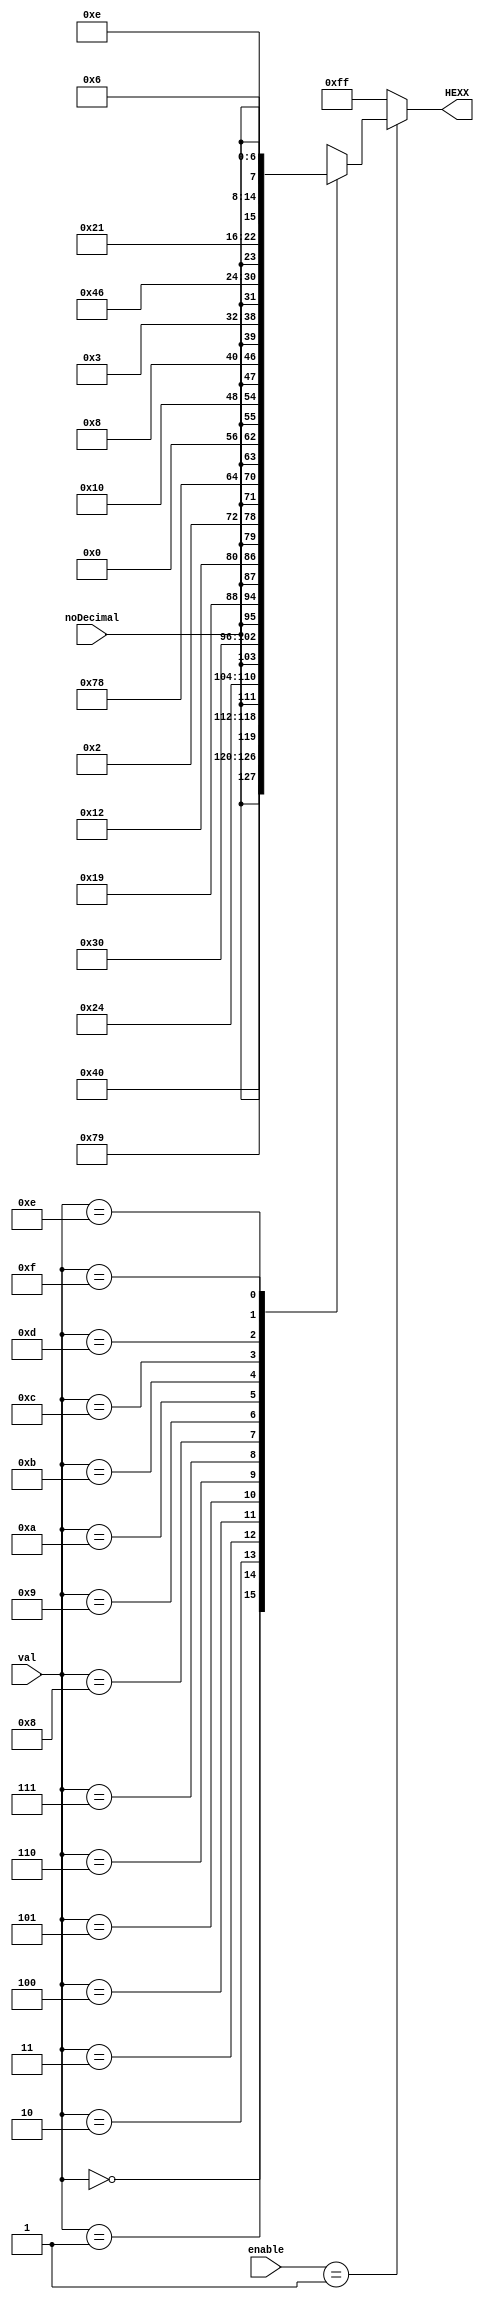
module Seven_Seg(
	input [3:0] val,
	input noDecimal,
	input [1:0] enable,
	output reg [7:0] HEXX
	);
	
	//Whenever anything changes, run through all sixteen possible numbers that can
	//be represented by the 3 bit number val.  Then using the standard sevenseg display
	//binary representations, store the appropriate value in the passed Hex register
	always @ (*)
	begin
		if(enable == 1)
		begin
			case(val)
				0:  HEXX [7:0] = {noDecimal,7'b1000000};
				1:  HEXX [7:0] = {noDecimal,7'b1111001};
				2:  HEXX [7:0] = {noDecimal,7'b0100100};
				3:  HEXX [7:0] = {noDecimal,7'b0110000};
				4:  HEXX [7:0] = {noDecimal,7'b0011001};
				5:  HEXX [7:0] = {noDecimal,7'b0010010};
				6:  HEXX [7:0] = {noDecimal,7'b0000010};
				7:  HEXX [7:0] = {noDecimal,7'b1111000};
				8:  HEXX [7:0] = {noDecimal,7'b0000000};
				9:  HEXX [7:0] = {noDecimal,7'b0010000};
				10: HEXX [7:0] = {noDecimal,7'b0001000};
				11: HEXX [7:0] = {noDecimal,7'b0000011};
				12: HEXX [7:0] = {noDecimal,7'b1000110};
				13: HEXX [7:0] = {noDecimal,7'b0100001};
				14: HEXX [7:0] = {noDecimal,7'b0000110};
				15: HEXX [7:0] = {noDecimal,7'b0001110};
			endcase
		end
		
		else
		begin
			HEXX [7:0] = 8'b11111111;
		end
	end
		
endmodule